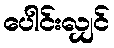
ပေါင်းလျှင်